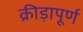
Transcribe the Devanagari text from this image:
क्रीड़ापूर्ण